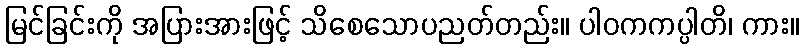
မြင်ခြင်းကို အပြားအားဖြင့် သိစေသောပညတ်တည်း။ ပါဝကကပ္ပါတိ၊ ကား။